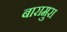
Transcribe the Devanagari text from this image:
बारामुरा